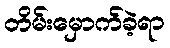
တိမ်းမှောက်ခဲ့ရာ